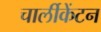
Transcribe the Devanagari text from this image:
चार्लीकेंटन